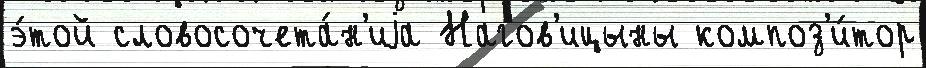
э́той словосочета́н'иjа Нагов'ицыны композ'и́тор